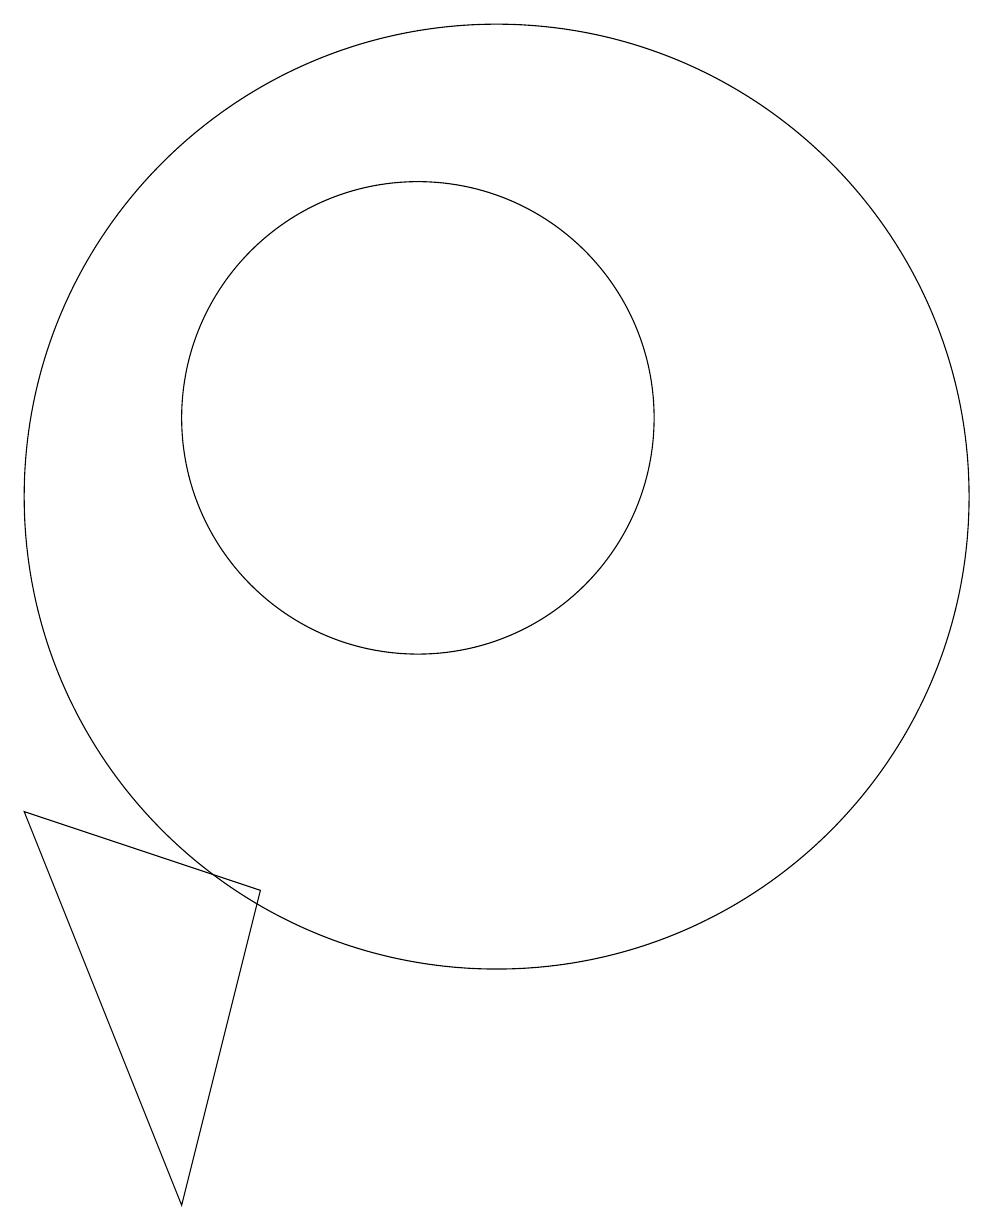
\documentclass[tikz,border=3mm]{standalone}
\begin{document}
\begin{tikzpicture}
\draw (11,11) circle (3);
\draw (6,6) -- (8,1) -- (9,5) -- cycle;
\draw (10,11) circle (0);
\draw (12,10) circle (6);
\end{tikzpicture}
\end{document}